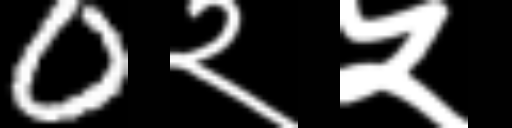
Text: 0२५